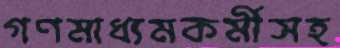
গণমাধ্যমকর্মীসহ